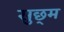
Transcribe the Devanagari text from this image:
सुछ्म